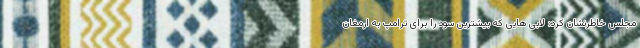
مجلس خاطرنشان کرد: لابی هایی که بیشترین سود را برای ترامپ به ارمغان